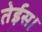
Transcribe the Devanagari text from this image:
तेईस।